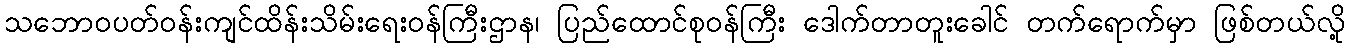
သဘောဝပတ်ဝန်းကျင်ထိန်းသိမ်းရေးဝန်ကြီးဌာန၊ ပြည်ထောင်စုဝန်ကြီး ဒေါက်တာတူးခေါင် တက်ရောက်မှာ ဖြစ်တယ်လို့